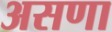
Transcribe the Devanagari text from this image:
असणा